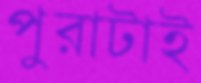
পুরাটাই